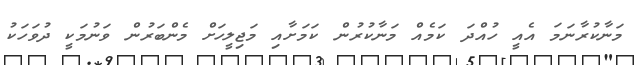
މަނާކުރާނަމަ އެއީ ހުއްދަ ކަމެއް މަނާކުރުން ކަމަށާއި މަޖިލީހަށް މެންބަރުން ވަނުމަކީ ދުވަހަކު